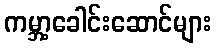
ကမ္ဘာ့ခေါင်းဆောင်များ